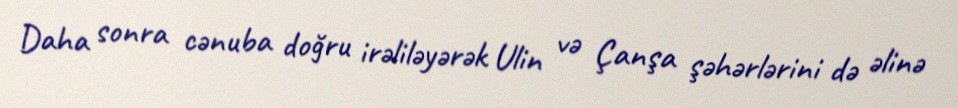
Daha sonra cənuba doğru irəliləyərək Ulin və Çanşa şəhərlərini də əlinə